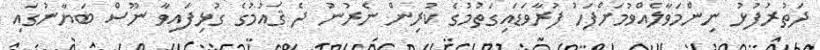
ދަތުރުފުޅު ނިންމަވާލެއްވުމަށްފަހު ފުރާވަޑައިގަތުމުގެ ކުރިން ނެރުނު ދެ ޤައުމުގެ ގުޅިފައިވާ ނޫސް ބަޔާނުގައި